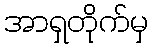
အာရှတိုက်မှ